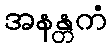
အနန္တကံ